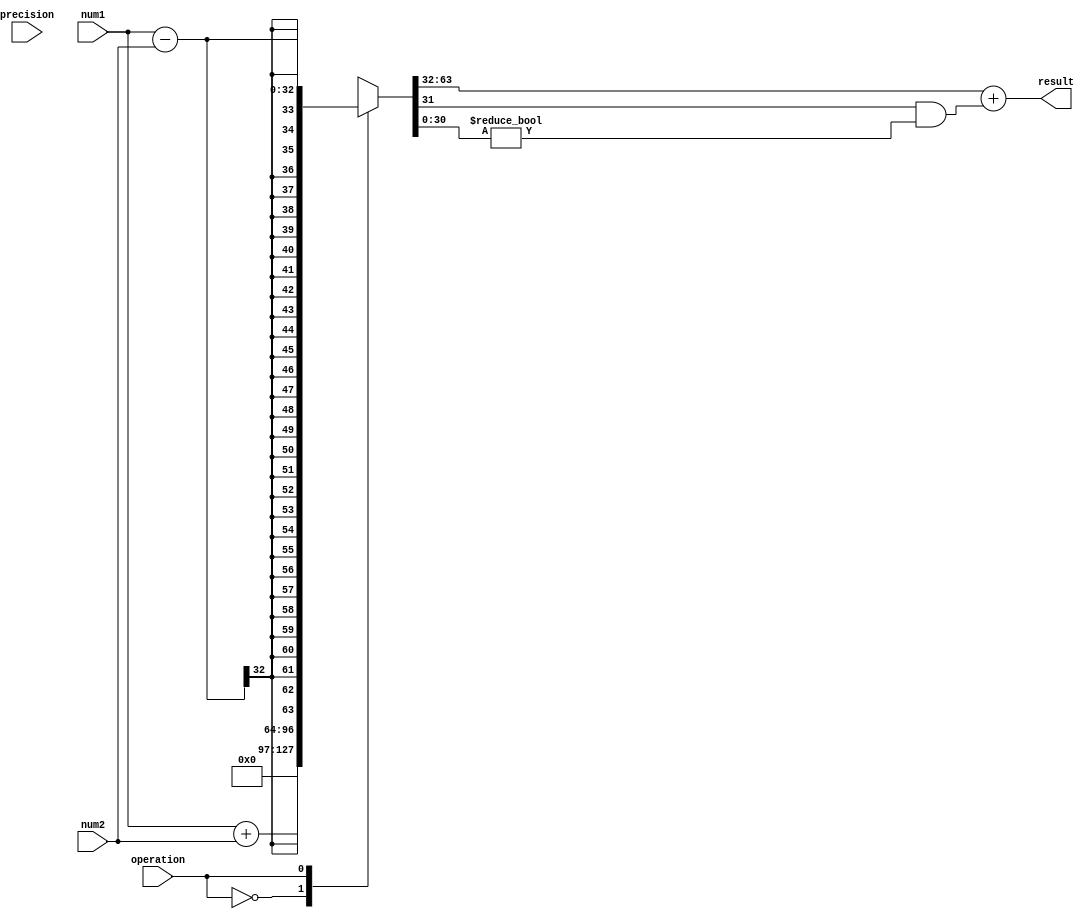
module fixed_point_rounding_unit (
    input wire [31:0] num1, 
    input wire [31:0] num2, 
    input wire [2:0] precision, 
    input wire operation, 
    output reg [31:0] result
);

reg [64:0] temp_result;

always @(*) begin
    case(operation)
        3'b000: temp_result = num1 + num2; // Addition
        3'b001: temp_result = num1 - num2; // Subtraction
        3'b010: temp_result = num1 * num2; // Multiplication
        3'b011: temp_result = num1 / num2; // Division
    endcase
    result = temp_result[63:32] + (temp_result[31] && (temp_result[30:0] != 0)); // Rounding logic
end

endmodule